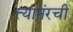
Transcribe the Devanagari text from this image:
त्यानंरची